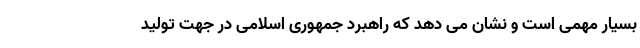
بسیار مهمی است و نشان می دهد که راهبرد جمهوری اسلامی در جهت تولید